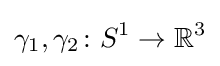
\gamma _{1},\gamma _{2}\colon S^{1}\rightarrow \mathbb {R} ^{3}